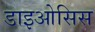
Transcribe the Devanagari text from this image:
डाइओसिस